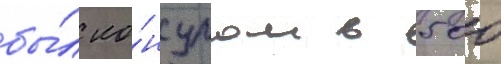
бы́л ко́нсулом в 500